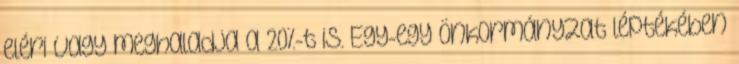
eléri vagy meghaladja a 20%-t is. Egy-egy önkormányzat léptékében